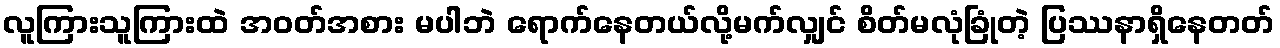
လူကြားသူကြားထဲ အဝတ်အစား မပါဘဲ ရောက်နေတယ်လို့မက်လျှင် စိတ်မလုံခြုံတဲ့ ပြဿနာရှိနေတတ်